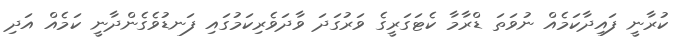
ކުރާނީ ފައިދާކަމެއް ނުވަތަ ޑްރާމާ ކެޓަގަރީގެ ވަރުގަދަ ވާދަވެރިކަމުގައި ފަނޑުވެގެންދާނީ ކަމެއް އަދި